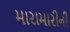
મારામારીની